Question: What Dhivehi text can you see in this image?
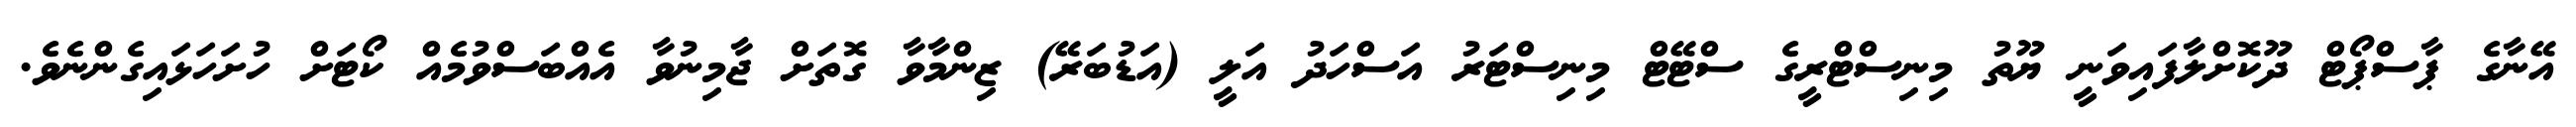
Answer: އޭނާގެ ޕާސްޕޯޓް ދޫކޮށްލާފައިވަނީ ޔޫތު މިނިސްޓްރީގެ ސްޓޭޓް މިނިސްޓަރު އަސްހަދު އަލީ (އަޑުބަރޭ) ޒިންމާވާ ގޮތަށް ޖާމިނުވާ އެއްބަސްވުމެއް ކޯޓަށް ހުށަހަޅައިގެންނެވެ.